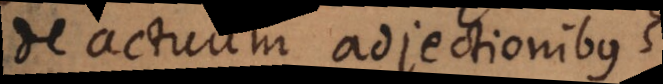
De actuum adjectionibus.